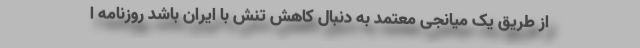
از طریق یک میانجی معتمد به دنبال کاهش تنش با ایران باشد روزنامه ا